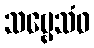
သဗ္ဗေသံဝ